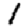
Digit: 1